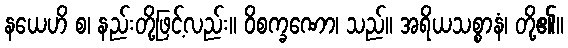
နယေဟိ စ၊ နည်းတို့ဖြင့်လည်း။ ဝိစက္ခဏော၊ သည်။ အရိယသစ္စာနံ၊ တို့၏။